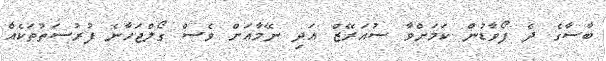
ބާސާގެ ދެ ފޯވާޑުން ކަމަށްވާ ސުއަރޭޒް އަދި ނޭމާއަށް ވެސް ގޯލްޖަހާނެ ފުރުސަތުތަކެއް